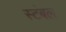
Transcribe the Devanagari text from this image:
स्टंबल